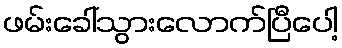
ဖမ်းခေါ်သွားလောက်ပြီပေါ့